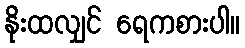
နိုးထလျှင် ရေကစားပါ။